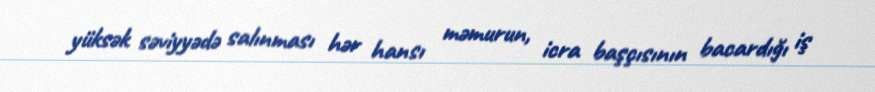
yüksək səviyyədə salınması hər hansı məmurun, icra başçısının bacardığı iş